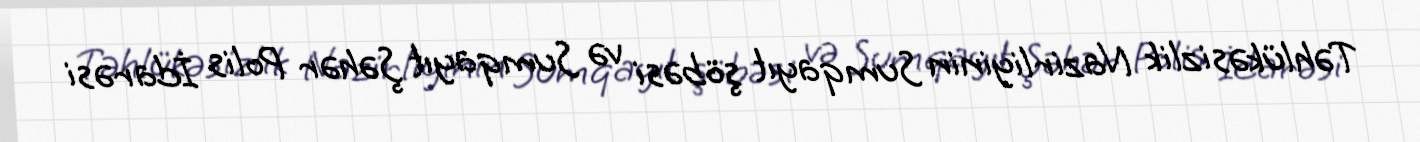
Təhlükəsizlik Nazirliyinin Sumqayıt şöbəsi və Sumqayıt Şəhər Polis İdarəsi